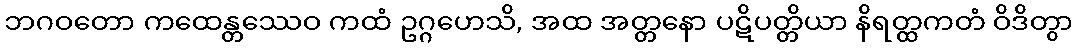
ဘဂဝတော ကထေန္တဿေဝ ကထံ ဥဂ္ဂဟေသိ, အထ အတ္တနော ပဋိပတ္တိယာ နိရတ္ထကတံ ဝိဒိတွာ